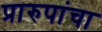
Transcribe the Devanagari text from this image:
प्रारुपांचा